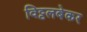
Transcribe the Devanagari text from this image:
विट्टलबेकर